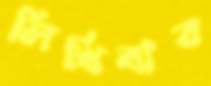
লিখিবার